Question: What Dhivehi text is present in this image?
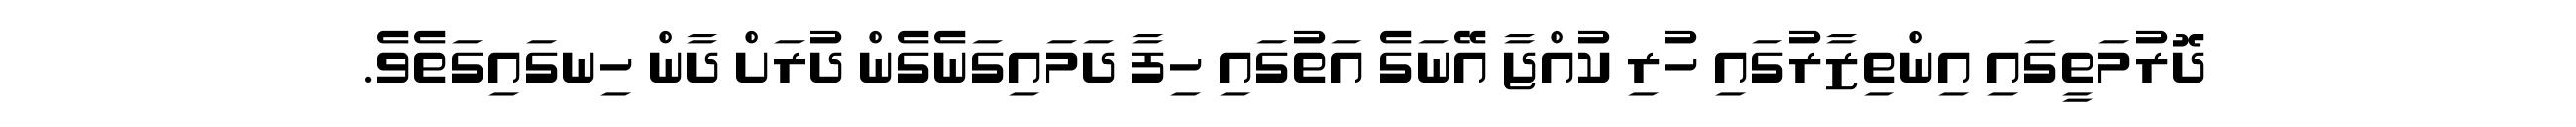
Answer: ދޮރުމަތީގައި އިންތިޒާރުގައި ހުރި ކުއްޖާ އޭނަގެ އަތުގައި ހިފާ ދަމައިގަނެގެން ދުރަށް ދާން ހިނގައިގަތެވެ.